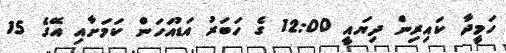
ހަމީދާ ކައިރިން ދިޔައީ 12:00 ގެ ހަބަރު އަޑުއަހަން ކަމަށާއި އޭގެ 15